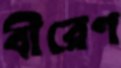
বীরেণ